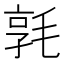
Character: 𣮢